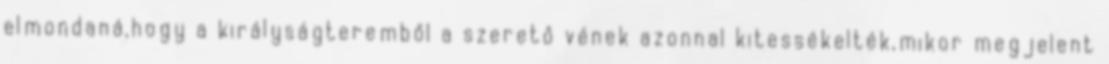
elmondaná,hogy a királyságteremből a szerető vének azonnal kitessékelték,mikor megjelent